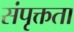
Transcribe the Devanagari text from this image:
संपृक्तता